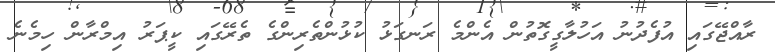
ރާއްޖޭގައި އުފެދުނު އަހުލާގީގޮތުން އެންމެ ރަނގަޅު ކުޅުންތެރިންގެ ތެރޭގައި ކީޕަރު އިމްރާން ހިމެނެ